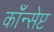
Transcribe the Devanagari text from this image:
काँन्सेप्ट